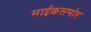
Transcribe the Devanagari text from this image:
माईकसमोर